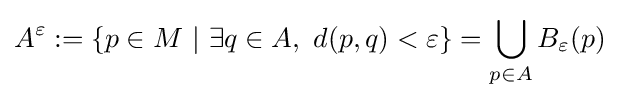
A^{\varepsilon }:=\{p\in M~|~\exists q\in A,\ d(p,q)<\varepsilon \}=\bigcup _{p\in A}B_{\varepsilon }(p)